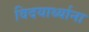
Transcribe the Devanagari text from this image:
विदयार्थ्याना